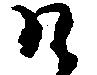
そ